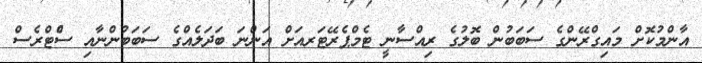
އާންމުކޮށް މައިގްރޭންގެ ސަބަަބުން ބޮލުގެ ރިއްސާނީ ޓެމްޕެރޭޓަރއަށް އަންނަ ބަދަލެއްގެ ސަބަބުންނާއި ސެްޓްރެސް